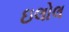
ઇલોલ